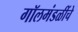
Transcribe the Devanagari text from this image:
गॉलमंडळींचे